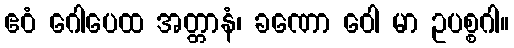
ဧဝံ ဂေါပေထ အတ္တာနံ၊ ခဏော ဝေါ မာ ဥပစ္စဂါ။